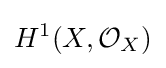
H^{1}(X,{\mathcal {O}}_{X})